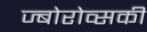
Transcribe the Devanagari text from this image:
ज्बोरोव्सकी